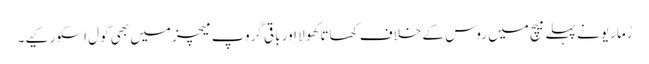
رُماریو نے پہلے میچ میں روس کے خلاف کھاتا کھولا اور باقی گروپ میچز میں بھی گول اسکور کیے۔